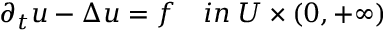
\begin{array} { r } { \partial _ { t } u - \Delta u = f \quad i n \; U \times ( 0 , + \infty ) } \end{array}